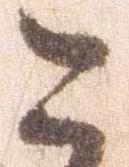
こ